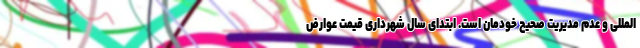
‌المللی و عدم مدیریت صحیح خودمان است. ابتدای سال شهرداری قیمت عوارض